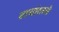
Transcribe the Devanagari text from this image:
टाचांवरचे